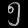
Digit: ၅